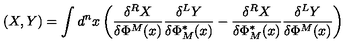
( X , Y ) = \int d ^ { n } x \left( \frac { \delta ^ { R } X } { \delta \Phi ^ { M } ( x ) } \frac { \delta ^ { L } Y } { \delta \Phi _ { M } ^ { * } ( x ) } - \frac { \delta ^ { R } X } { \delta \Phi _ { M } ^ { * } ( x ) } \frac { \delta ^ { L } Y } { \delta \Phi ^ { M } ( x ) } \right)